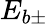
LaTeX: E_{b\pm}